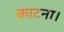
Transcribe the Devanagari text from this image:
काटना।